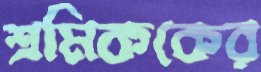
শ্রমিককের